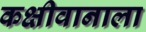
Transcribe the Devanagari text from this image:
कक्षीवानाला